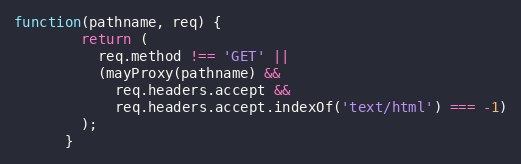
Language: JavaScript
function(pathname, req) {
        return (
          req.method !== 'GET' ||
          (mayProxy(pathname) &&
            req.headers.accept &&
            req.headers.accept.indexOf('text/html') === -1)
        );
      }